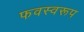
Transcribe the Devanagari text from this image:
फवस्वरूप